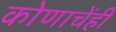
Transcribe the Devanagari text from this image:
कोणाचेंही